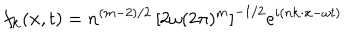
f _ { \bf k } ( { \bf x } , t ) = n ^ { ( m - 2 ) / 2 } \, \left[ 2 \omega ( 2 \pi ) ^ { m } \right] ^ { - 1 / 2 } e ^ { i ( n { \bf k } \cdot { \bf x } - \omega t ) }